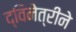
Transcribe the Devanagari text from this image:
द्विनेत्रीने